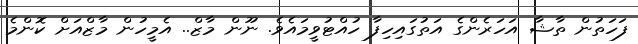
ފަހަތުން ތާޝާ އަހަރެންގެ އަތުގައިހިފާ ހުއްޓުވީމައެވެ. ނޫން މާޒް.. އެމީހުން މާޒްއަށް ކޮންމެ